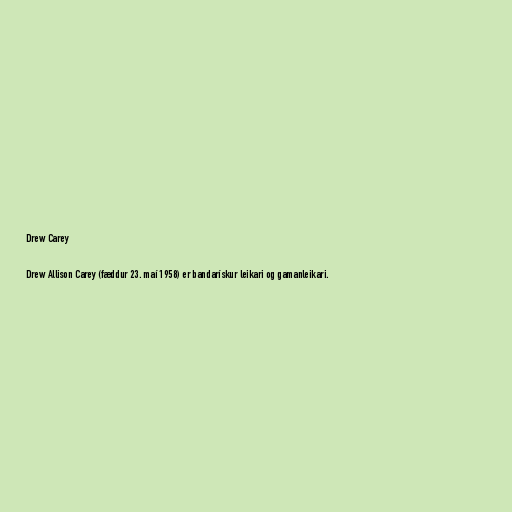
Drew Carey

Drew Allison Carey (fæddur 23. maí 1958) er bandarískur leikari og gamanleikari.